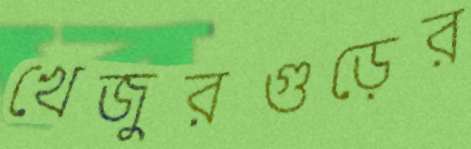
খেজুরগুড়ের